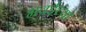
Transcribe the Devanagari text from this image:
भवईच्या